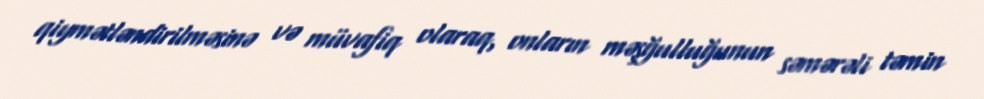
qiymətləndirilməsinə və müvafiq olaraq, onların məşğulluğunun səmərəli təmin